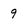
Character: 9